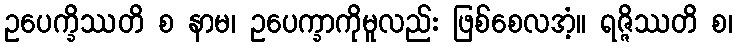
ဥပေက္ခိဿတိ စ နာမ၊ ဥပေက္ခာကိုမူလည်း ဖြစ်စေလအံ့။ ရဇ္ဇိဿတိ စ၊